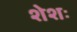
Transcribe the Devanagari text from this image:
शेशः